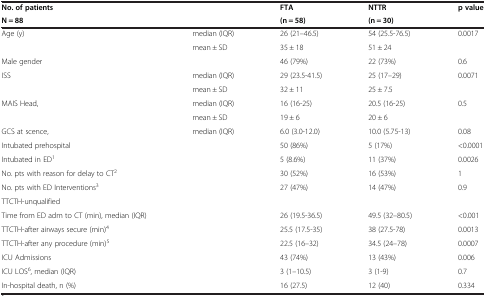
<table><thead><tr><td><b>No. of patients</b></td><td><b> </b></td><td><b>FTA</b></td><td><b>NTTR</b></td><td><b>p value</b></td></tr><tr><td><b>N = 88</b></td><td><b> </b></td><td><b>(n = 58)</b></td><td><b>(n = 30)</b></td><td><b> </b></td></tr></thead><tbody><tr><td>Age (y)</td><td>median (IQR)</td><td>26 (21–46.5)</td><td>54 (25.5-76.5)</td><td>0.0017</td></tr><tr><td> </td><td>mean ± SD</td><td>35 ± 18</td><td>51 ± 24</td><td> </td></tr><tr><td>Male gender</td><td> </td><td>46 (79%)</td><td>22 (73%)</td><td>0.6</td></tr><tr><td>ISS</td><td>median (IQR)</td><td>29 (23.5-41.5)</td><td>25 (17–29)</td><td>0.0071</td></tr><tr><td> </td><td>mean ± SD</td><td>32 ± 11</td><td>25 ± 7.5</td><td> </td></tr><tr><td>MAIS Head,</td><td>median (IQR)</td><td>16 (16-25)</td><td>20.5 (16-25)</td><td>0.5</td></tr><tr><td> </td><td>mean ± SD</td><td>19 ± 6</td><td>20 ± 6</td><td> </td></tr><tr><td>GCS at scence,</td><td>median (IQR)</td><td>6.0 (3.0-12.0)</td><td>10.0 (5.75-13)</td><td>0.08</td></tr><tr><td>Intubated prehospital</td><td> </td><td>50 (86%)</td><td>5 (17%)</td><td>&lt;0.0001</td></tr><tr><td>Intubated in ED<sup>1</sup></td><td> </td><td>5 (8.6%)</td><td>11 (37%)</td><td>0.0026</td></tr><tr><td>No. pts with reason for delay to CT<sup>2</sup></td><td> </td><td>30 (52%)</td><td>16 (53%)</td><td>1</td></tr><tr><td>No. pts with ED Interventions<sup>3</sup></td><td> </td><td>27 (47%)</td><td>14 (47%)</td><td>0.9</td></tr><tr><td>TTCTH-unqualified</td><td> </td><td> </td><td> </td><td> </td></tr><tr><td>Time from ED adm to CT (min), median (IQR)</td><td> </td><td>26 (19.5-36.5)</td><td>49.5 (32–80.5)</td><td>&lt;0.001</td></tr><tr><td>TTCTH-after airways secure (min)<sup>4</sup></td><td> </td><td>25.5 (17.5-35)</td><td>38 (27.5-78)</td><td>0.0013</td></tr><tr><td>TTCTH-after any procedure (min)<sup>5</sup></td><td> </td><td>22.5 (16–32)</td><td>34.5 (24–78)</td><td>0.0007</td></tr><tr><td>ICU Admissions</td><td> </td><td>43 (74%)</td><td>13 (43%)</td><td>0.006</td></tr><tr><td>ICU LOS<sup>6</sup>, median (IQR)</td><td> </td><td>3 (1–10.5)</td><td>3 (1-9)</td><td>0.7</td></tr><tr><td>In-hospital death, n (%)</td><td> </td><td>16 (27.5)</td><td>12 (40)</td><td>0.334</td></tr></tbody></table>